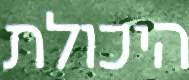
היכולת